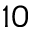
^ { 1 0 }